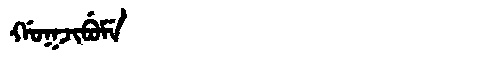
Manchu: ᡤᠣᡴᠵᡳᠪᡠᠮᡝ
Romanization: GOKJIBUME